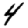
Digit: 4